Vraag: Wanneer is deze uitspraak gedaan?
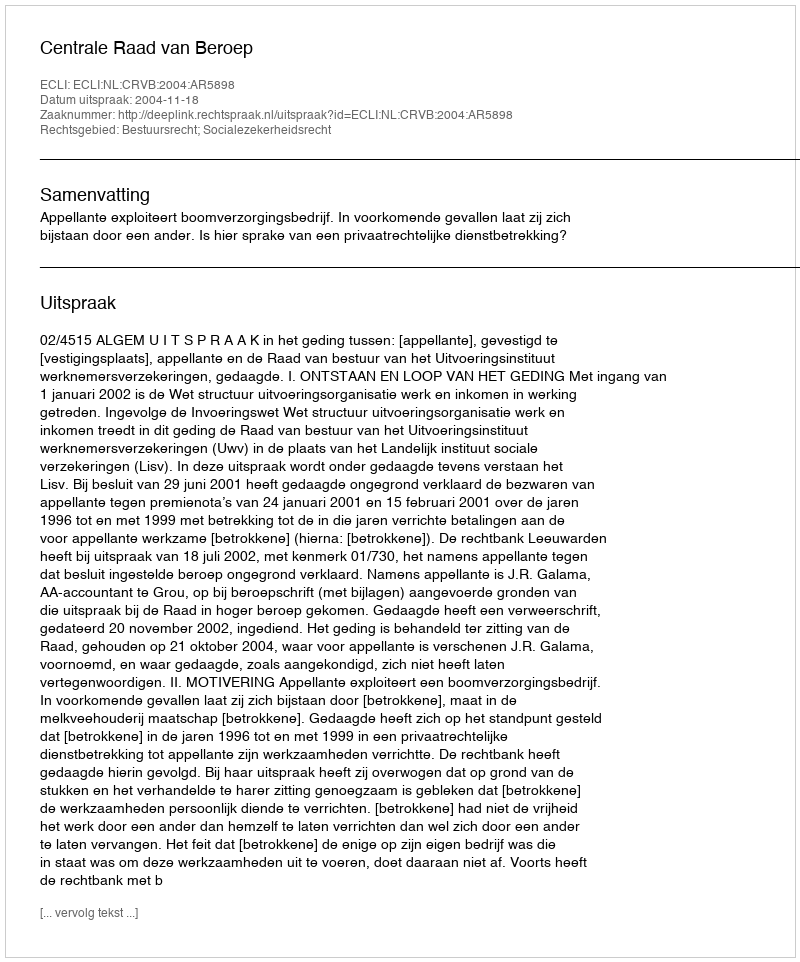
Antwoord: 2004-11-18